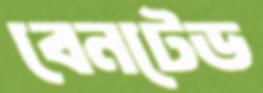
বেনটেড